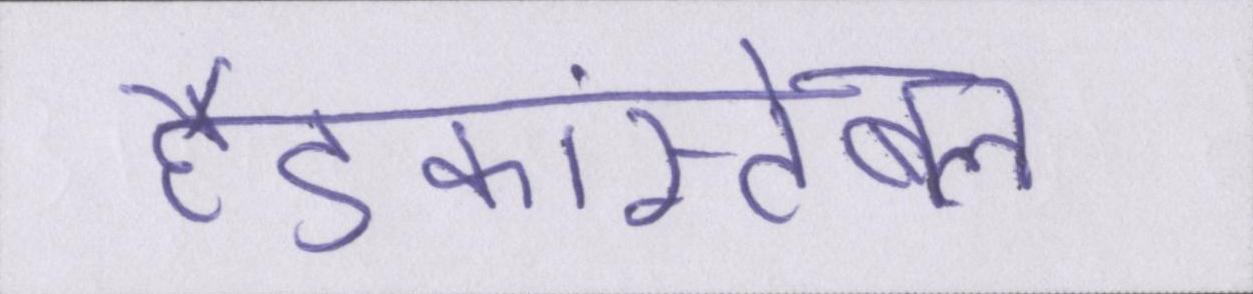
हैडकांस्टेबल